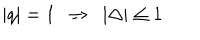
LaTeX: | q | = 1 \ \ \Rightarrow \ \ | \Delta | \leq 1